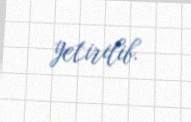
yetirilib.